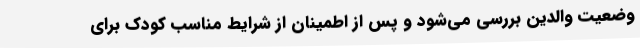
وضعیت والدین بررسی می‌شود و پس از اطمینان از شرایط مناسب کودک برای